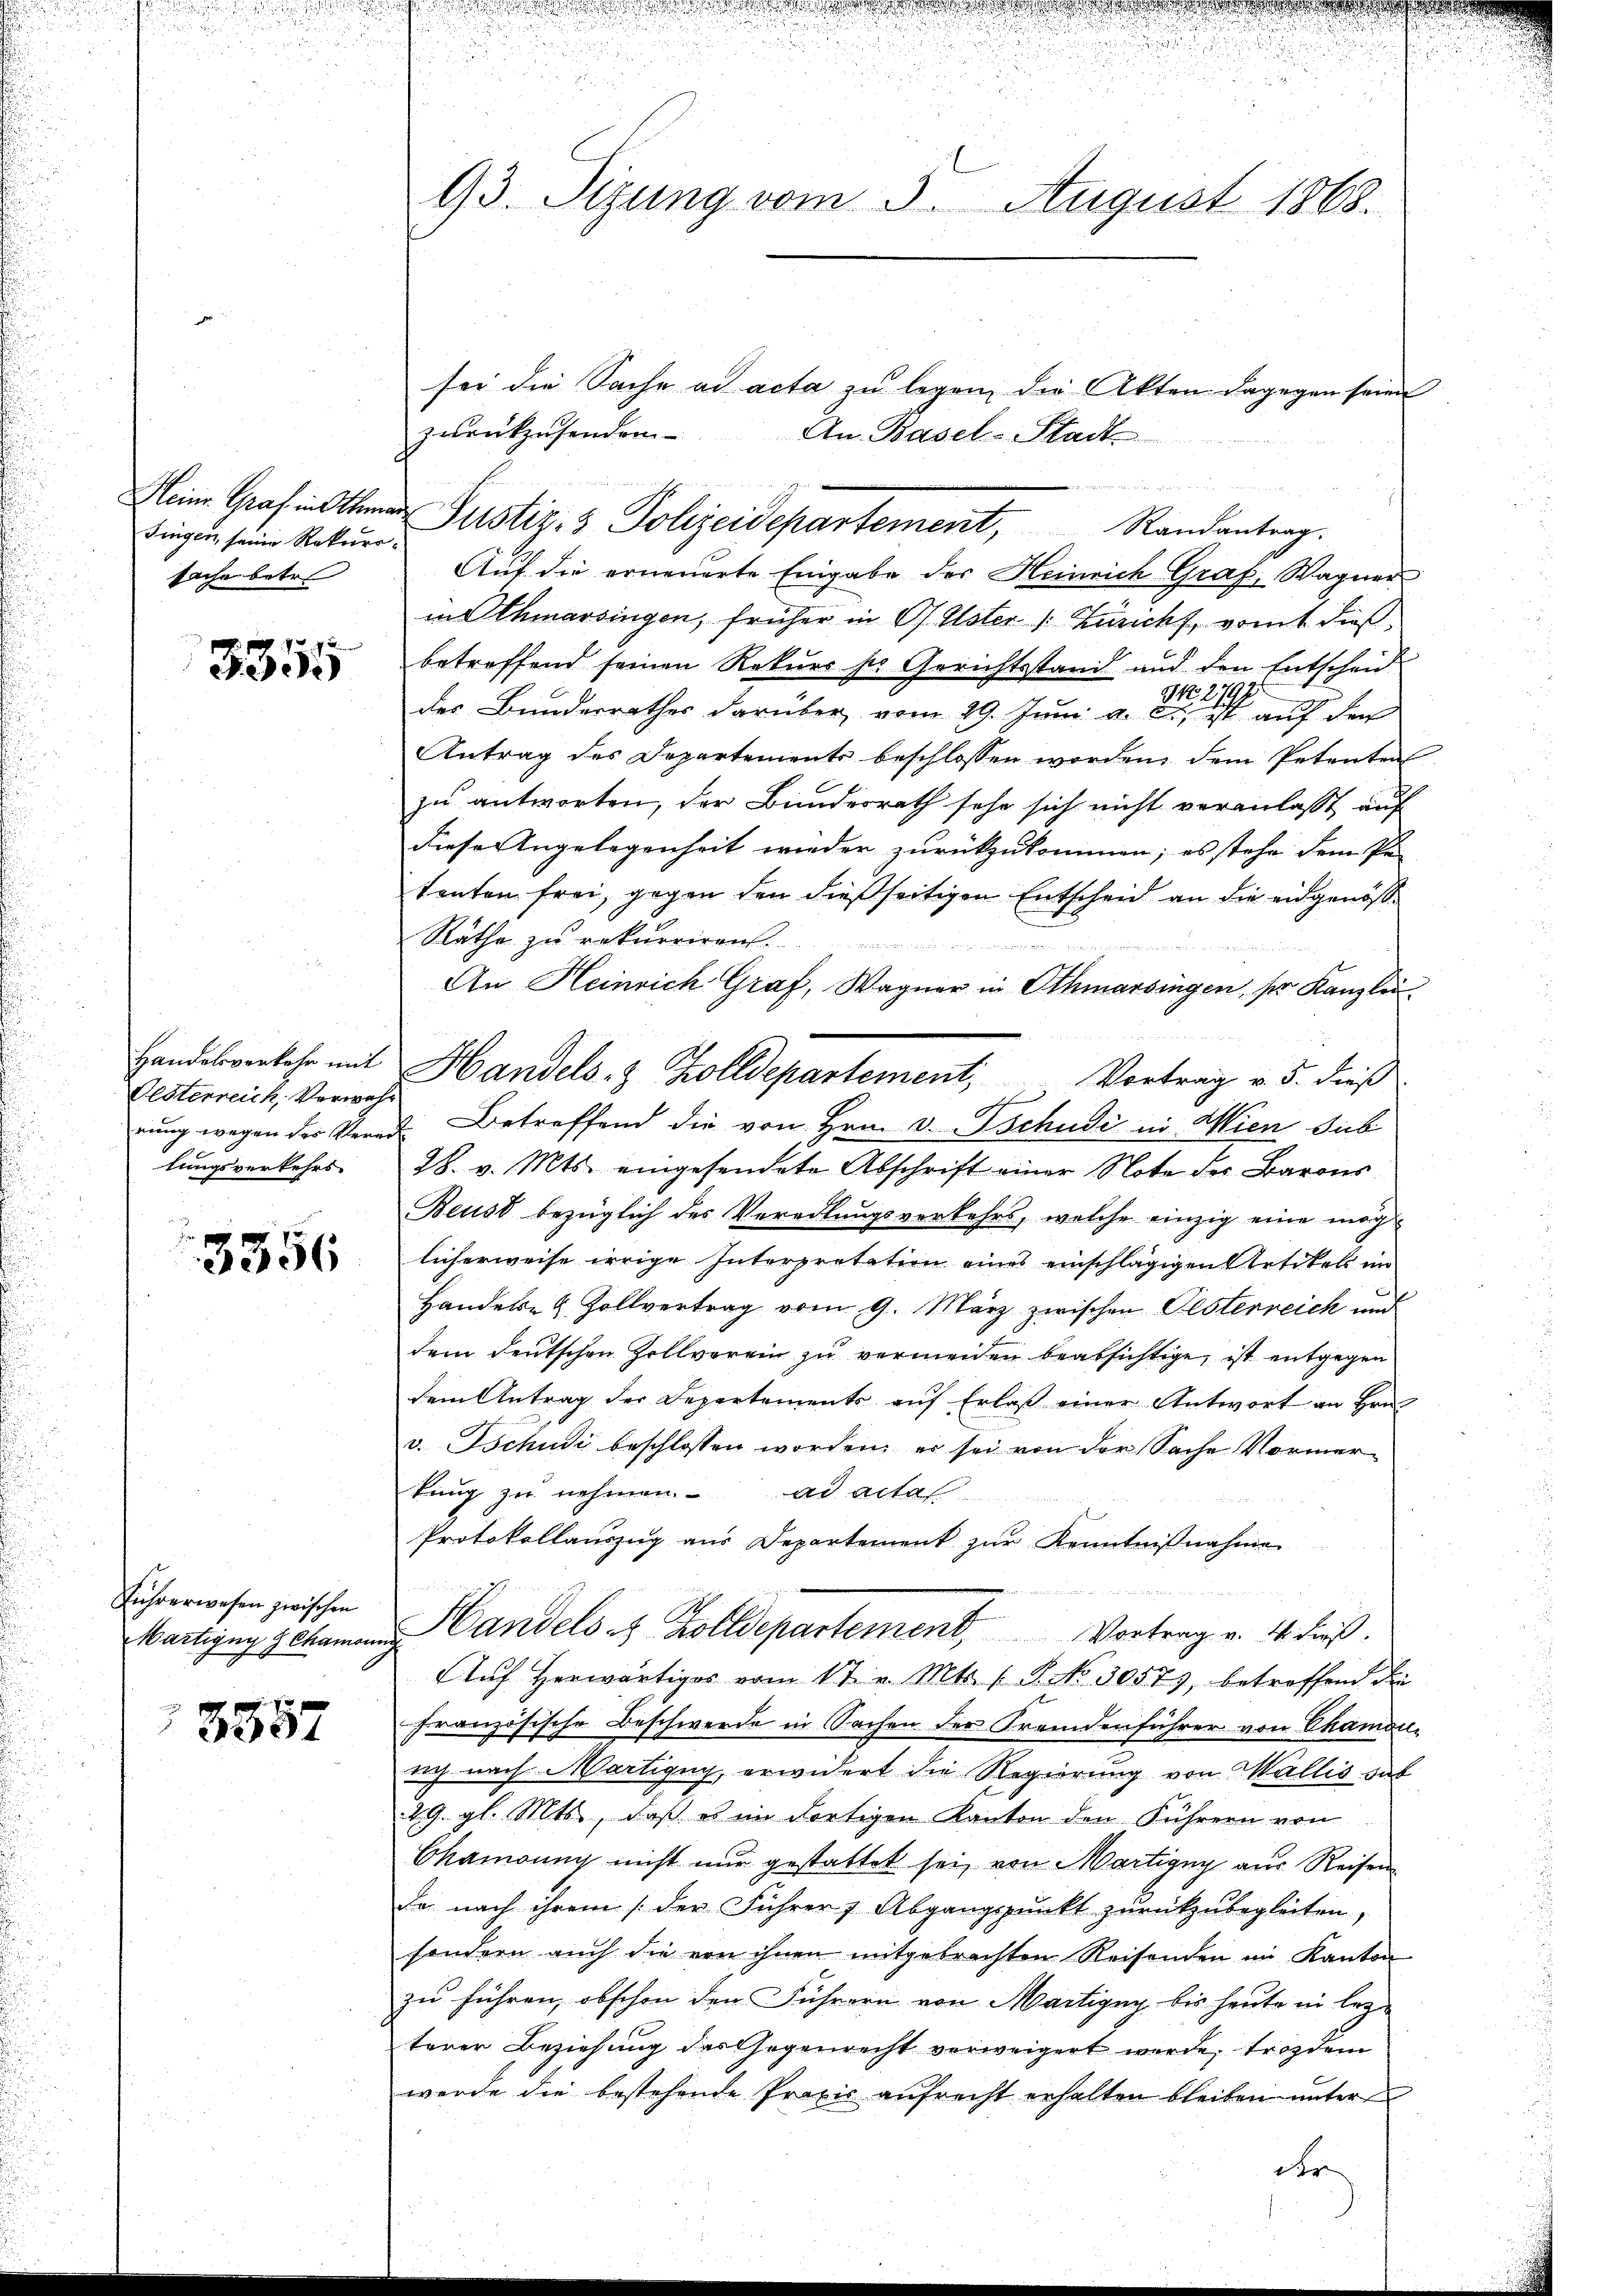
Fingen, seine Rekurssache betr

3355

Oesterreich Verwehr
lungsverkehrs¬

3356

Führerwesen zwischen

3357

.
.
93. Sizung vom 5. August 1863.

sei die Sache ad acta zu legen, die Akten dagegen sein
Auf die erneuerte Eingabe des Heinrich Graf, Wagner
indthmarsingen, früher in O/ Uster /: Züricht, womit dies
betreffend seinen Rekurs ser Gerichtsstand und den Entscheid
NNo. 2197
der Bunderrathes darüber vom 29. Juni a. c., ist auf den
Antrag des Departements beschlossen worden dem Petenten
zu antworten, der Bundesrath sehr sich nicht veranlaßt, auf
Diese Angelegenheit wieder zurückzukommen; es stehe dem Pe-
tenten frei, gegen den dießseitigen Entscheid an die eidgenöß¬
Räthe zu rekurriren.
u
An Heinrich Graf, Wagner in Othmarsingen, ser Kanzlei-
28. v. Mts. eingesendete Abschrift einer Note des Barons
Beust bezüglich des Veredlungsverkehrs, welche einzig eine mög
licherweise irrige Interpretation eines einschlägigen Artikels im
Handels- & Zollvertrag vom 9. März zwischen Oesterreich und
dem deutschen Zollverein zu vermeiden beabsichtige, ist entgegen
dem Antrag der Departements auf Erlaß einer Antwort an Hrn.
v. Tschudi beschlossen worden, er sei von der Sache Vormertung zu nehmen. ad actal
Protokollaŭszŭg aŭs Departement zŭr Kenntniβnahme
Bärtigung gekamen Candels es Zolldepartement, Vortrag v. 4. dieß.
Auf herwärtiges vom 17. v. Mts. s. S. NNo. 30573, betreffend d
französische Beschwerde in Sachen der Fremdenführer von Chamon-
sich nach Martigny, erwidert die Regierung von Wallis das
29. gl. Mts., daß es im dortigen Kanton den Führern von
Chamonny nicht nur gestattet sei, von Martigny aus Reisen
da nach ihrem / der Führer Abgangspunkt zurückzubegleiten,
sondern auch die von ihnen mitgebrachten Reisenden im Kanton
zu führen, obschon den Führern von Martigny bis heute in lez
terer Beziehung des Gegenrecht verweigert werde, trotzdem
werde die bestehende Praxis aufrecht erhalten bleiben unter
der

zurückzusenden
Meine Graf in thea Justiz- & Polizeidepartement, Randantrag.

An Basel-Stadt

Handelsverkehr mit Handels- & Zolldepartement, Vortrag v. 5. dieß
rŭng wegen des Verer Betreffend die von Hrn. v. Tschudi in Wien sub